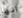
انها